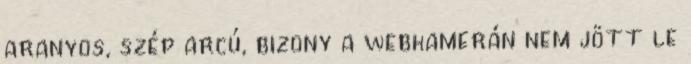
aranyos, szép arcú, bizony a webkamerán nem jött le